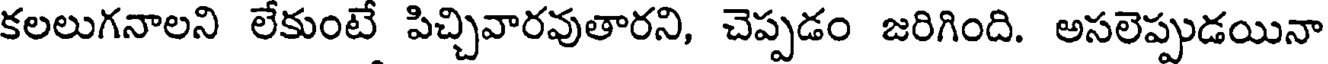
కలలుగనాలని లేకుంటే పిచ్చివారవుతారని, చెప్పడం జరిగింది. అసలెప్పుడయినా